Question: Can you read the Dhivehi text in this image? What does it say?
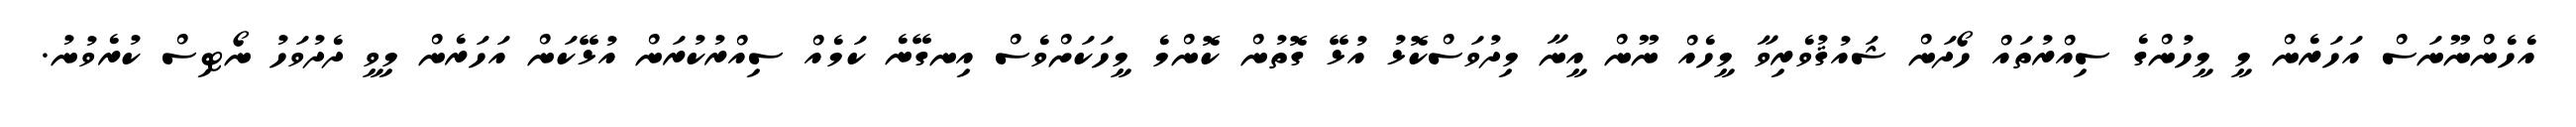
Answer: އެހެންނޫނަސް އަހަރެން މީ މީހުންގެ ސިއްރުތައް ހޯދަން ޝައުޤުވެރިވާ މީހެއް ނޫން އީނާ މިދުވަސްކޮޅު އުޅޭ ގޮތުން ކޮންމެ މީހަކަށްވެސް އިނގޭނެ ކަމެއް ސިއްރުކުރަން އުޅޭކަން އަހަރެން މިވީ ދެދުވަހު ނޯޓިސް ކުރެވުނު.